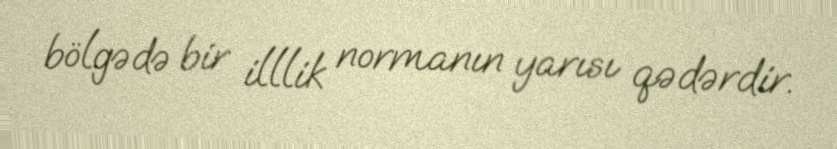
bölgədə bir illlik normanın yarısı qədərdir.